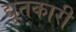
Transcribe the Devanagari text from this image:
द्यूतकारी